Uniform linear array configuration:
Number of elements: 64
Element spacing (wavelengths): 1
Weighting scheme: cosine
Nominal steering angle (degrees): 30
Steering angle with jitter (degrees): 31.469
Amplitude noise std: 0.05
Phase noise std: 0.05

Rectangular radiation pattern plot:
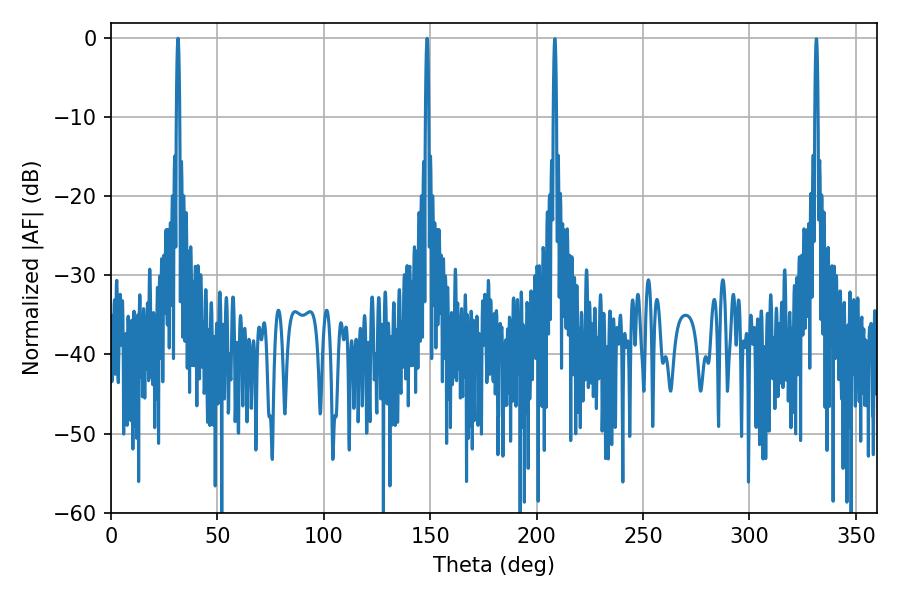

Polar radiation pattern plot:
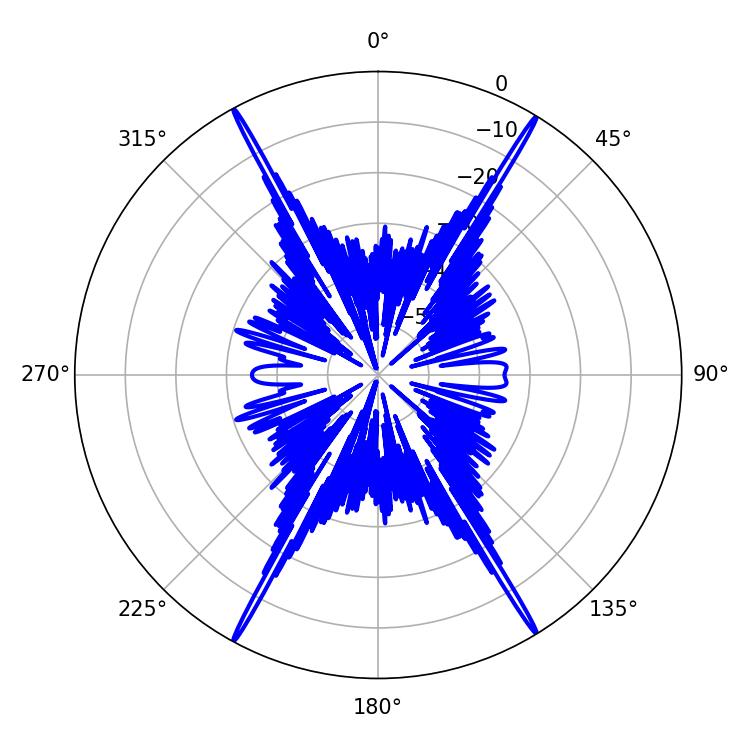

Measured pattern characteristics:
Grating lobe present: TRUE
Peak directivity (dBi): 29.875
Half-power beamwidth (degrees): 0.72
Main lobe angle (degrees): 31.5